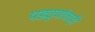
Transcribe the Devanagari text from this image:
पडद्यांवरही